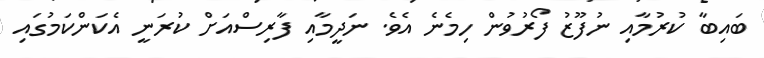
ބައިބާ ކުރުމާއި ނުފޫޒު ފޯރުވުން ހިމެނެ އެވެ. ނަދީމާއި ފާރިސްއަށް ކުރަނީ އެކަންކަމުގައި